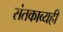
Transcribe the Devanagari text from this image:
संतकाव्यही